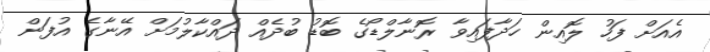
އެއަށް ފަހު ލޮއިން ހަދާފައިވާ ރޮނާލްޑޯގެ ބޮޑު ބުދެއް ދައްކާލުމަށް އޭނާގެ އުފަން